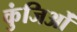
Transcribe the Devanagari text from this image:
कुंजिओं